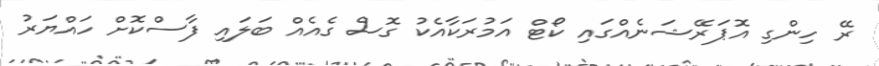
ރޭ ހިންގި އޮޕަރޭޝަނެއްގައި ކޯޓް އަމުރަކާއެކު ގޮސް ގެއެއް ބަލައި ފާސްކޮށް ހައްޔަރު